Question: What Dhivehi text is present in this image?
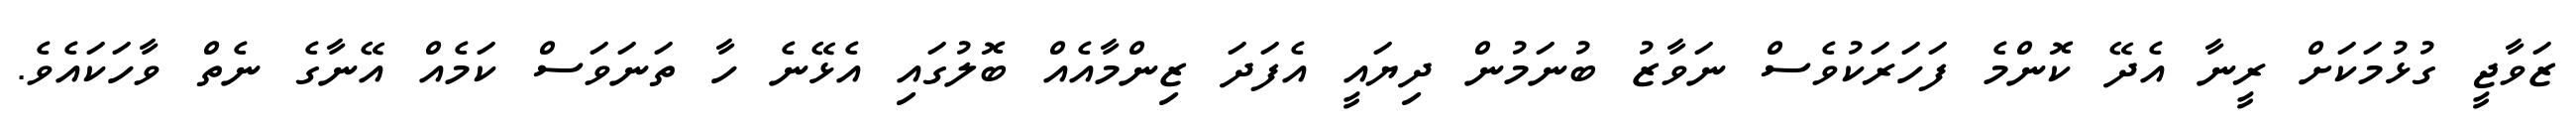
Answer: ޒަވާޖީ ގުޅުމަކަށް ރީނާ އެދޭ ކޮންމެ ފަހަރަކުވެސް ނަވާޒު ބުނަމުން ދިޔައީ އެފަދަ ޒިންމާއެއް ބޮލުގައި އެޅޭނެ ހާ ތަނަވަސް ކަމެއް އޭނާގެ ނެތް ވާހަކައެވެ.